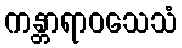
ကန္တာရာဝသေသံ